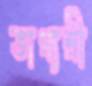
ভাগ্যশ্রী